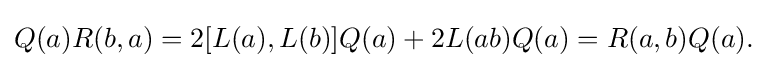
\displaystyle {Q(a)R(b,a)=2[L(a),L(b)]Q(a)+2L(ab)Q(a)=R(a,b)Q(a).}